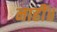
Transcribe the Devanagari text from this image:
नाहीं॥